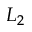
L _ { 2 }